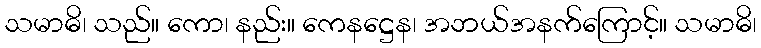
သမာဓိ၊ သည်။ ကော၊ နည်း။ ကေနဋ္ဌေန၊ အဘယ်အနက်ကြောင့်။ သမာဓိ၊